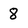
Character: 8